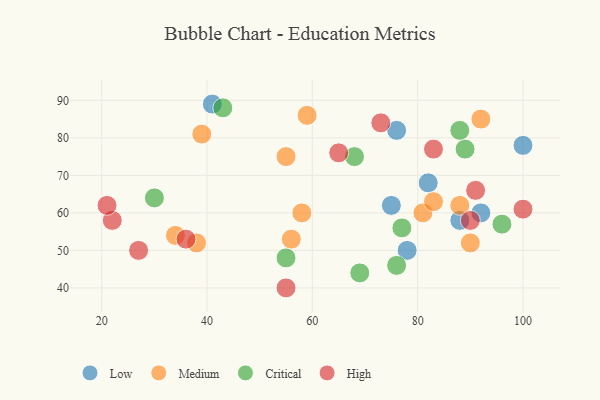
{"axis": {"x": "GDP", "y": "Life Expectancy"}, "legend": ["Critical", "High", "Low", "Medium"], "data": [{"x": "92", "y": 60, "type": "Low"}, {"x": "82", "y": 68, "type": "Low"}, {"x": "88", "y": 58, "type": "Low"}, {"x": "100", "y": 78, "type": "Low"}, {"x": "75", "y": 62, "type": "Low"}, {"x": "76", "y": 82, "type": "Low"}, {"x": "41", "y": 89, "type": "Low"}, {"x": "78", "y": 50, "type": "Low"}, {"x": "59", "y": 86, "type": "Medium"}, {"x": "81", "y": 60, "type": "Medium"}, {"x": "90", "y": 52, "type": "Medium"}, {"x": "88", "y": 62, "type": "Medium"}, {"x": "83", "y": 63, "type": "Medium"}, {"x": "38", "y": 52, "type": "Medium"}, {"x": "58", "y": 60, "type": "Medium"}, {"x": "39", "y": 81, "type": "Medium"}, {"x": "34", "y": 54, "type": "Medium"}, {"x": "55", "y": 75, "type": "Medium"}, {"x": "56", "y": 53, "type": "Medium"}, {"x": "92", "y": 85, "type": "Medium"}, {"x": "30", "y": 64, "type": "Critical"}, {"x": "76", "y": 46, "type": "Critical"}, {"x": "96", "y": 57, "type": "Critical"}, {"x": "89", "y": 77, "type": "Critical"}, {"x": "77", "y": 56, "type": "Critical"}, {"x": "43", "y": 88, "type": "Critical"}, {"x": "69", "y": 44, "type": "Critical"}, {"x": "68", "y": 75, "type": "Critical"}, {"x": "55", "y": 48, "type": "Critical"}, {"x": "88", "y": 82, "type": "Critical"}, {"x": "100", "y": 61, "type": "High"}, {"x": "36", "y": 53, "type": "High"}, {"x": "55", "y": 40, "type": "High"}, {"x": "27", "y": 50, "type": "High"}, {"x": "22", "y": 58, "type": "High"}, {"x": "90", "y": 58, "type": "High"}, {"x": "65", "y": 76, "type": "High"}, {"x": "83", "y": 77, "type": "High"}, {"x": "91", "y": 66, "type": "High"}, {"x": "73", "y": 84, "type": "High"}, {"x": "21", "y": 62, "type": "High"}]}